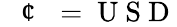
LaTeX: \mathrm{~\textit~{~\textcent~}~}=\mathrm{~U~S~D~}